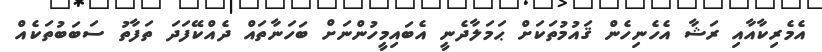
އެމެރިކާއާއި ރަޝާ އެހެނިހެން ޤައުމުތަކަށް ޙަމަލާދެނީ އެބައިމީހުންނަށް ބަހަނާތައް ދެއްކޭފަދަ ތަފާތު ސަބަބުތަކެއް